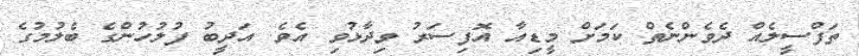
ތަފްސީލެއް ދެވެންނެތް ކަމަށް މީޑިއާ އޮފިސަރު ވިދާޅުވި އެވެ. އަދީބު ފުލުހުންގެ ބެލުމުގެ